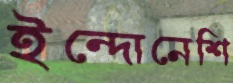
ইন্দোনেশি